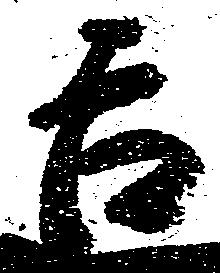
吉